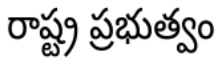
రాష్ట్ర ప్రభుత్వం